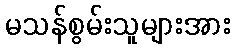
မသန်စွမ်းသူများအား